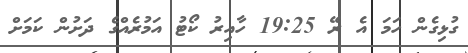
ގުޅިގެން ހަމަ އެ ރޭ 19:25 ހާއިރު ކޯޓު އަމުރެއްގެ ދަށުން ކަމަށް